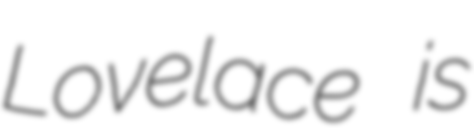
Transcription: Lovelace is